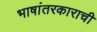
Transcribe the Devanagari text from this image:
भाषांतरकाराची